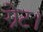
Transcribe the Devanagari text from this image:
ग्रेट।